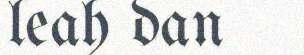
leah dan